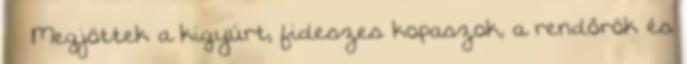
› ›Megjöttek a kigyúrt, fideszes kopaszok, a rendőrök és